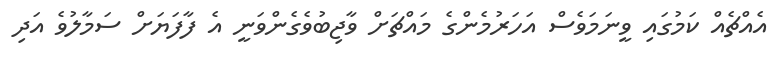
އެއްޗެއް ކަމުގައި ވީނަމަވެސް އަހަރުމެންގެ މައްޗަށް ވާޖިބުވެގެންވަނީ އެ ފާފަޔަށް ސަމާލުވެ އަދި